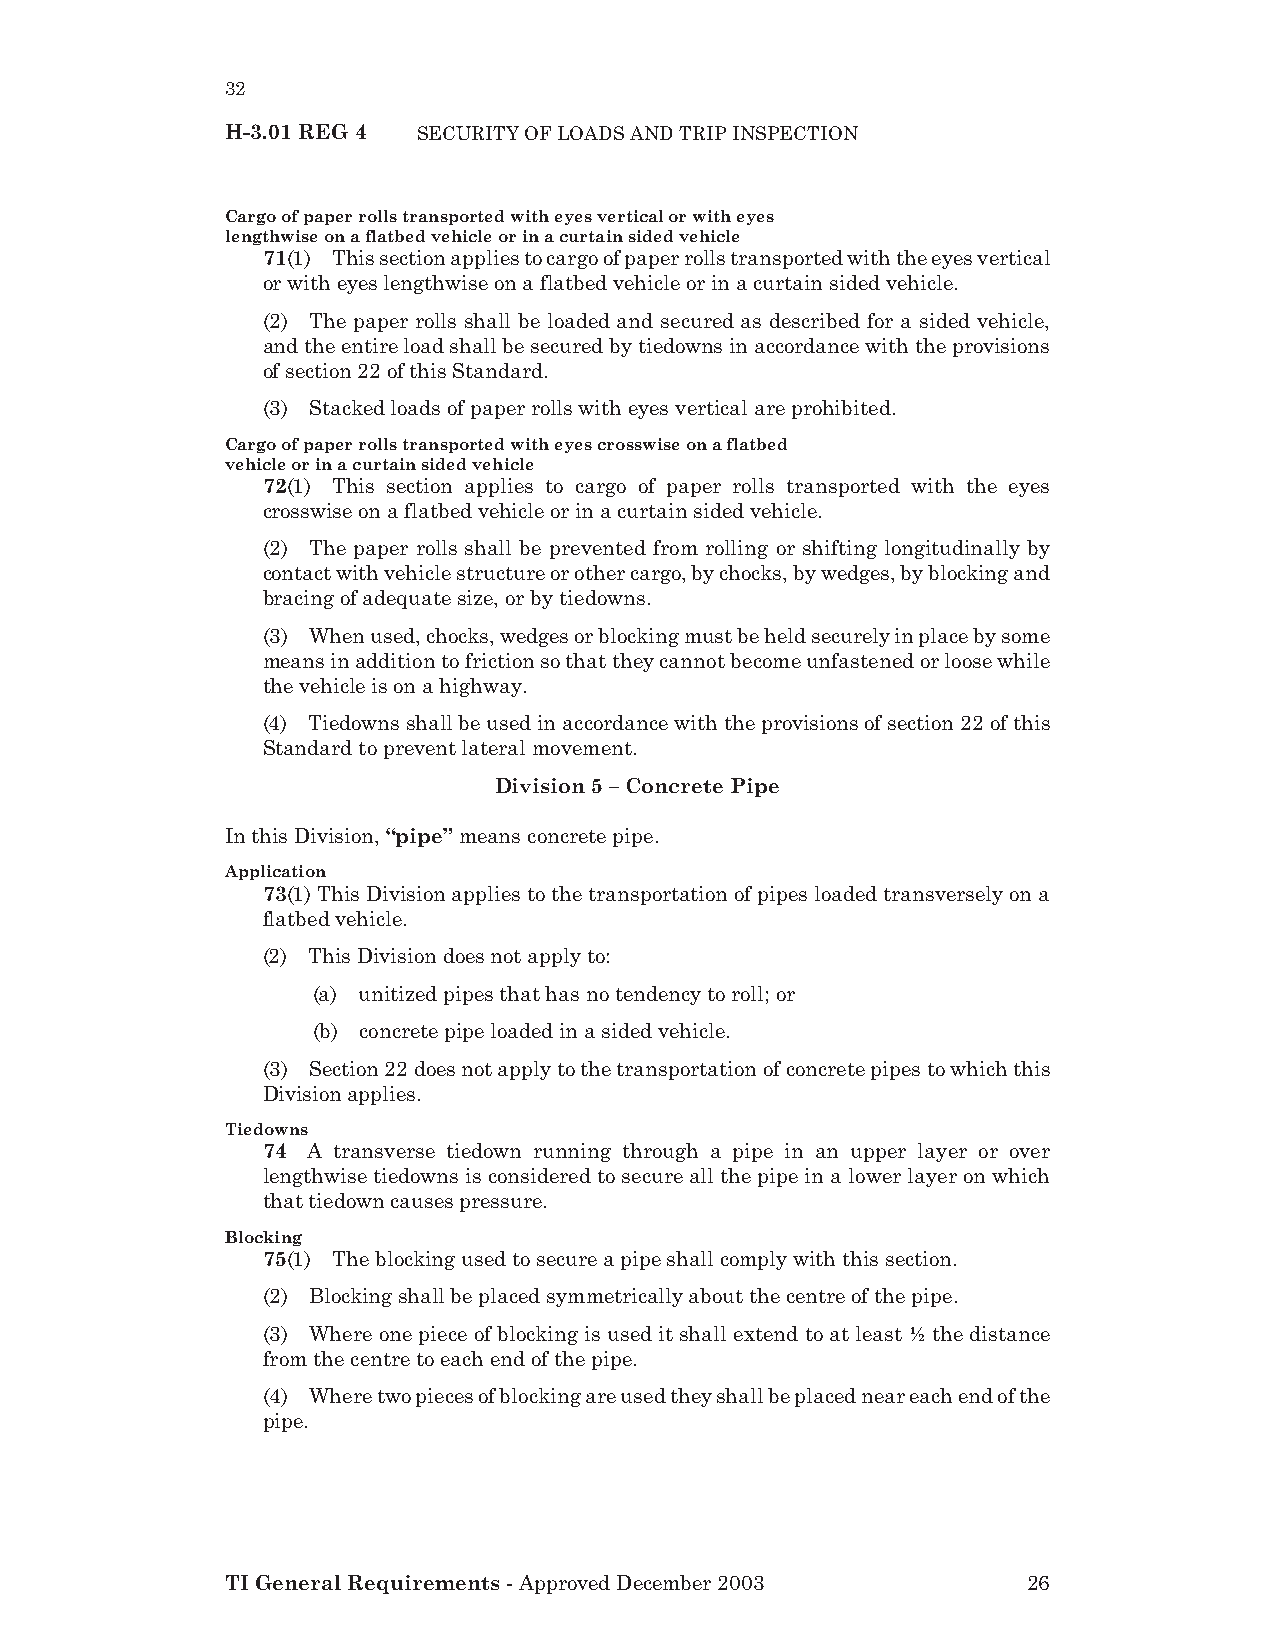
32
 H-3.01 REG 4 SECURITY OF LOADS AND TRIP INSPECTION
 Cargo of paper rolls transported with eyes vertical or with eyes
 lengthwise on a flatbed vehicle or in a curtain sided vehicle
 71(1) This section applies to cargo of paper rolls transported with the eyes vertical
 or with eyes lengthwise on a flatbed vehicle or in a curtain sided vehicle.
 (2) The paper rolls shall be loaded and secured as described for a sided vehicle,
 and the entire load shall be secured by tiedowns in accordance with the provisions
 of section 22 of this Standard.
 (3) Stacked loads of paper rolls with eyes vertical are prohibited.
 Cargo of paper rolls transported with eyes crosswise on a flatbed
 vehicle or in a curtain sided vehicle
 72(1) This section applies to cargo of paper rolls transported with the eyes
 crosswise on a flatbed vehicle or in a curtain sided vehicle.
 (2) The paper rolls shall be prevented from rolling or shifting longitudinally by
 contact with vehicle structure or other cargo, by chocks, by wedges, by blocking and
 bracing of adequate size, or by tiedowns.
 (3) When used, chocks, wedges or blocking must be held securely in place by some
 means in addition to friction so that they cannot become unfastened or loose while
 the vehicle is on a highway.
 (4) Tiedowns shall be used in accordance with the provisions of section 22 of this
 Standard to prevent lateral movement.
 Division 5 – Concrete Pipe
 In this Division, “pipe” means concrete pipe.
 Application
 73(1) This Division applies to the transportation of pipes loaded transversely on a
 flatbed vehicle.
 (2) This Division does not apply to:
 (a) unitized pipes that has no tendency to roll; or
 (b) concrete pipe loaded in a sided vehicle.
 (3) Section 22 does not apply to the transportation of concrete pipes to which this
 Division applies.
 Tiedowns
 74 A transverse tiedown running through a pipe in an upper layer or over
 lengthwise tiedowns is considered to secure all the pipe in a lower layer on which
 that tiedown causes pressure.
 Blocking
 75(1) The blocking used to secure a pipe shall comply with this section.
 (2) Blocking shall be placed symmetrically about the centre of the pipe.
 (3) Where one piece of blocking is used it shall extend to at least ½ the distance
 from the centre to each end of the pipe.
 (4) Where two pieces of blocking are used they shall be placed near each end of the
 pipe.
 TI General Requirements - Approved December 2003     26